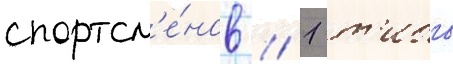
спортсм'е́нов // 1 т'ибо